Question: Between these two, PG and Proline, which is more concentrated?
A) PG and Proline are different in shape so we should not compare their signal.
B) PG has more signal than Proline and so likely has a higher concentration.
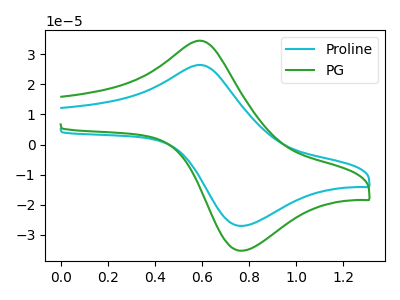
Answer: <think>The cyan curve "Proline" has an anodic peak at (0.60V, 26.45uA) and a cathodic peak at (0.75V, -27.05uA). The green curve "PG" has an anodic peak at (0.60V, 34.50uA) and a cathodic peak at (0.75V, -35.25uA).
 All the peaks in "PG" have a peak in "Proline" at the same potential. Every peak in "PG" is higher than every peak in "Proline".</think>
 <answer>B) "PG" has more signal than "Proline" and so likely has a higher concentration.</answer>
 <eval>B</eval>